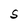
Character: S